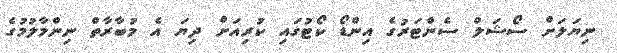
ނިޔަލަށް ސޯޝަލް ސެންޓަރުގެ އިންޑޯ ކޯޓުގައި ކުރިއަށް ދިޔަ އެ މުބާރާތް ނިންމާލުމުގެ